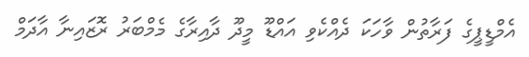
އެމްޑީޕީގެ ފަރާތުން ވާހަކަ ދެއްކެވި އައްޑޫ މީދޫ ދާއިރާގެ މެމްބަރު ރޮޒައިނާ އާދަމް